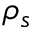
\rho _ { s }